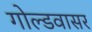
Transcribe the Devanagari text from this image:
गोल्डवासर